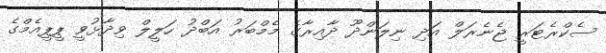
ސެކްރެޓަރީ ޖެނެރަލް އަދި ނިލަންދޫ ދާއިރާގެ މެމްބަރު އަބްދު ހަލީލް ވިދާޅުވީ ޕީޕީއެމްގެ